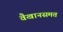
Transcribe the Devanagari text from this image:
वैखानसमत